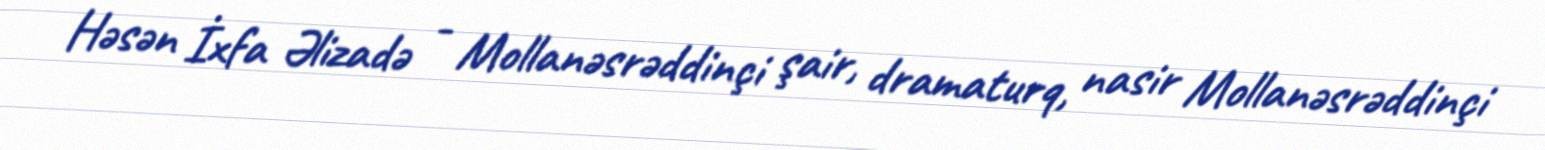
Həsən İxfa Əlizadə - Mollanəsrəddinçi şair, dramaturq, nasir Mollanəsrəddinçi